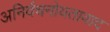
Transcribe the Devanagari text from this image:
अनिर्वचनोयतावाद